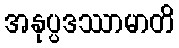
အနုပ္ပဒဿာမာတိ